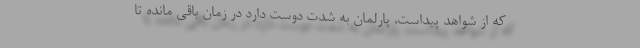
که از شواهد پیداست، پارلمان به شدت دوست دارد در زمان باقی مانده تا